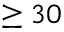
\geq 3 0